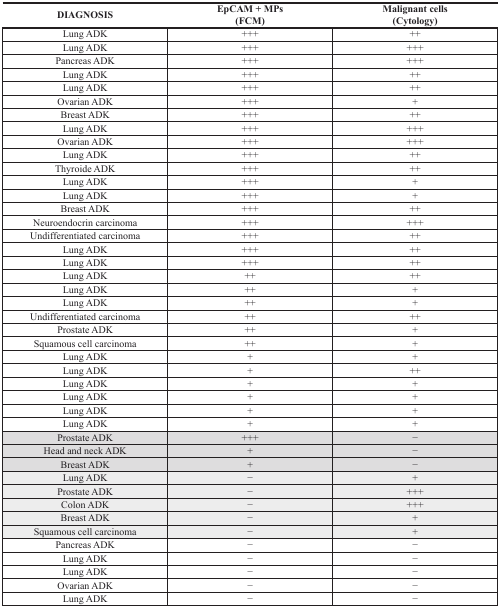
| DIAGNOSIS | EpCAM + MPs (FCM) | Malignant cells (Cytology) |
 | --- | --- | --- |
 | Lung ADK | +++ | ++ |
 | Lung ADK | +++ | +++ |
 | Pancreas ADK | +++ | +++ |
 | Lung ADK | +++ | ++ |
 | Lung ADK | +++ | ++ |
 | Ovarian ADK | +++ | + |
 | Breast ADK | +++ | ++ |
 | Lung ADK | +++ | +++ |
 | Ovarian ADK | +++ | +++ |
 | Lung ADK | +++ | ++ |
 | Thyroide ADK | +++ | ++ |
 | Lung ADK | +++ | + |
 | Lung ADK | +++ | + |
 | Breast ADK | +++ | ++ |
 | Neuroendocrin carcinoma | +++ | +++ |
 | Undifferentiated carcinoma | +++ | ++ |
 | Lung ADK | +++ | ++ |
 | Lung ADK | +++ | ++ |
 | Lung ADK | ++ | ++ |
 | Lung ADK | ++ | + |
 | Lung ADK | ++ | + |
 | Undifferentiated carcinoma | ++ | ++ |
 | Prostate ADK | ++ | + |
 | Squamous cell carcinoma | ++ | + |
 | Lung ADK | + | + |
 | Lung ADK | + | ++ |
 | Lung ADK | + | + |
 | Lung ADK | + | + |
 | Lung ADK | + | + |
 | Lung ADK | + | + |
 | Prostate ADK | +++ | − |
 | Head and neck ADK | + | − |
 | Breast ADK | + | − |
 | Lung ADK | − | + |
 | Prostate ADK | − | +++ |
 | Colon ADK | − | +++ |
 | Breast ADK | − | + |
 | Squamous cell carcinoma | − | + |
 | Pancreas ADK | − | − |
 | Lung ADK | − | − |
 | Lung ADK | − | − |
 | Ovarian ADK | − | − |
 | Lung ADK | − | − |